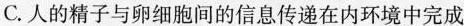
B.皮下注射后的胰岛素直接进入内环境